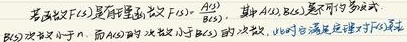
若函数\(F(x)\)是有理函数\(F(x)=\frac{A(x)}{B(x)}\)，其中\(A(x),B(x)\)是不可约多项式，\(B(x)\)次数小于\(n\)，而\(A(x)\)的次数小于\(B(x)\)的次数，此时称\(F(x)\)是真